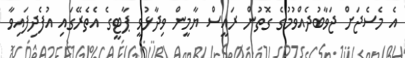
އެ މެސެޖަށް ޖަވާބުދެއްވުމުގެ ގޮތުން ރައީސް ޔާމީން ވިދާޅުވީ ޕާޓީގެ އެތެރޭގައި އުފެދިފައިވާ